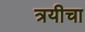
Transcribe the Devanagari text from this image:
त्रयीचा